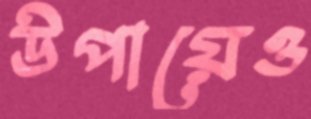
উপায়েও